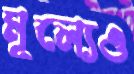
মূল্যেও